On a parasite found in persons suffering from enlargement of the spleen in India, second report - Number 11
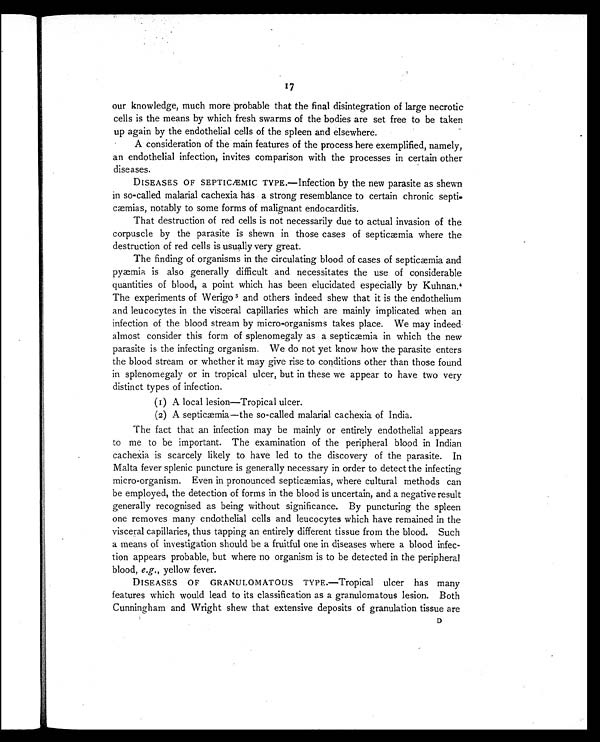
17
our knowledge, much more probable that the final disintegration of large necrotic
cells is the means by which fresh swarms of the bodies are set free to be taken
up again by the endothelial cells of the spleen and elsewhere.
A consideration of the main features of the process here exemplified, namely,
an endothelial infection, invites comparison with the processes in certain other
diseases.
DISEASES OF SEPTICÆMIC TYPE.—Infection by the new parasite as shewn
in so-called malarial cachexia has a strong resemblance to certain chronic septi-
cæmias, notably to some forms of malignant endocarditis.
That destruction of red cells is not necessarily due to actual invasion of the
corpuscle by the parasite is shewn in those cases of septicæmia where the
destruction of red cells is usually very great.
The finding of organisms in the circulating blood of cases of septicæmia and
pyæmia is also generally difficult and necessitates the use of considerable
quantities of blood, a point which has been elucidated especially by Kuhnan. 4
The experiments of Werigo 5 and others indeed shew that it is the endothelium
and leucocytes in the visceral capillaries which are mainly implicated when an
infection of the blood stream by micro-organisms takes place. We may indeed
almost consider this form of splenomegaly as a septicæmia in which the new
parasite is the infecting organism. We do not yet know how the parasite enters
the blood stream or whether it may give rise to conditions other than those found
in splenomegaly or in tropical ulcer, but in these we appear to have two very
distinct types of infection.
(1) A local lesion—Tropical ulcer.
(2) A septicæmia—the so-called malarial cachexia of India.
The fact that an infection may be mainly or entirely endothelial appears
to me to be important. The examination of the peripheral blood in Indian
cachexia is scarcely likely to have led to the discovery of the parasite. In
Malta fever splenic puncture is generally necessary in order to detect the infecting
micro-organism. Even in pronounced septicæmias, where cultural methods can
be employed, the detection of forms in the blood is uncertain, and a negative result
generally recognised as being without significance. By puncturing the spleen
one removes many endothelial cells and leucocytes which have remained in the
visceral capillaries, thus tapping an entirely different tissue from the blood. Such
a means of investigation should be a fruitful one in diseases where a blood infec-
tion appears probable, but where no organism is to be detected in the peripheral
blood, e.g., yellow fever.
DISEASES OF GRANULOMATOUS TYPE.—Tropical ulcer has many
features which would lead to its classification as a granulomatous lesion. Both
Cunningham and Wright shew that extensive deposits of granulation tissue are
D